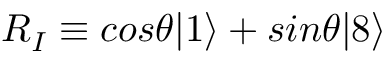
R _ { I } \equiv c o s \theta | 1 \rangle + s i n \theta | 8 \rangle